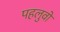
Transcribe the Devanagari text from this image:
पहलुवों